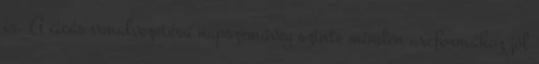
is. A cicás vonalvezetésű napszemüveg szinte minden arcformához jól